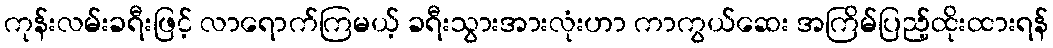
ကုန်းလမ်းခရီးဖြင့် လာရောက်ကြမယ့် ခရီးသွားအားလုံးဟာ ကာကွယ်ဆေး အကြိမ်ပြည့်ထိုးထားရန်